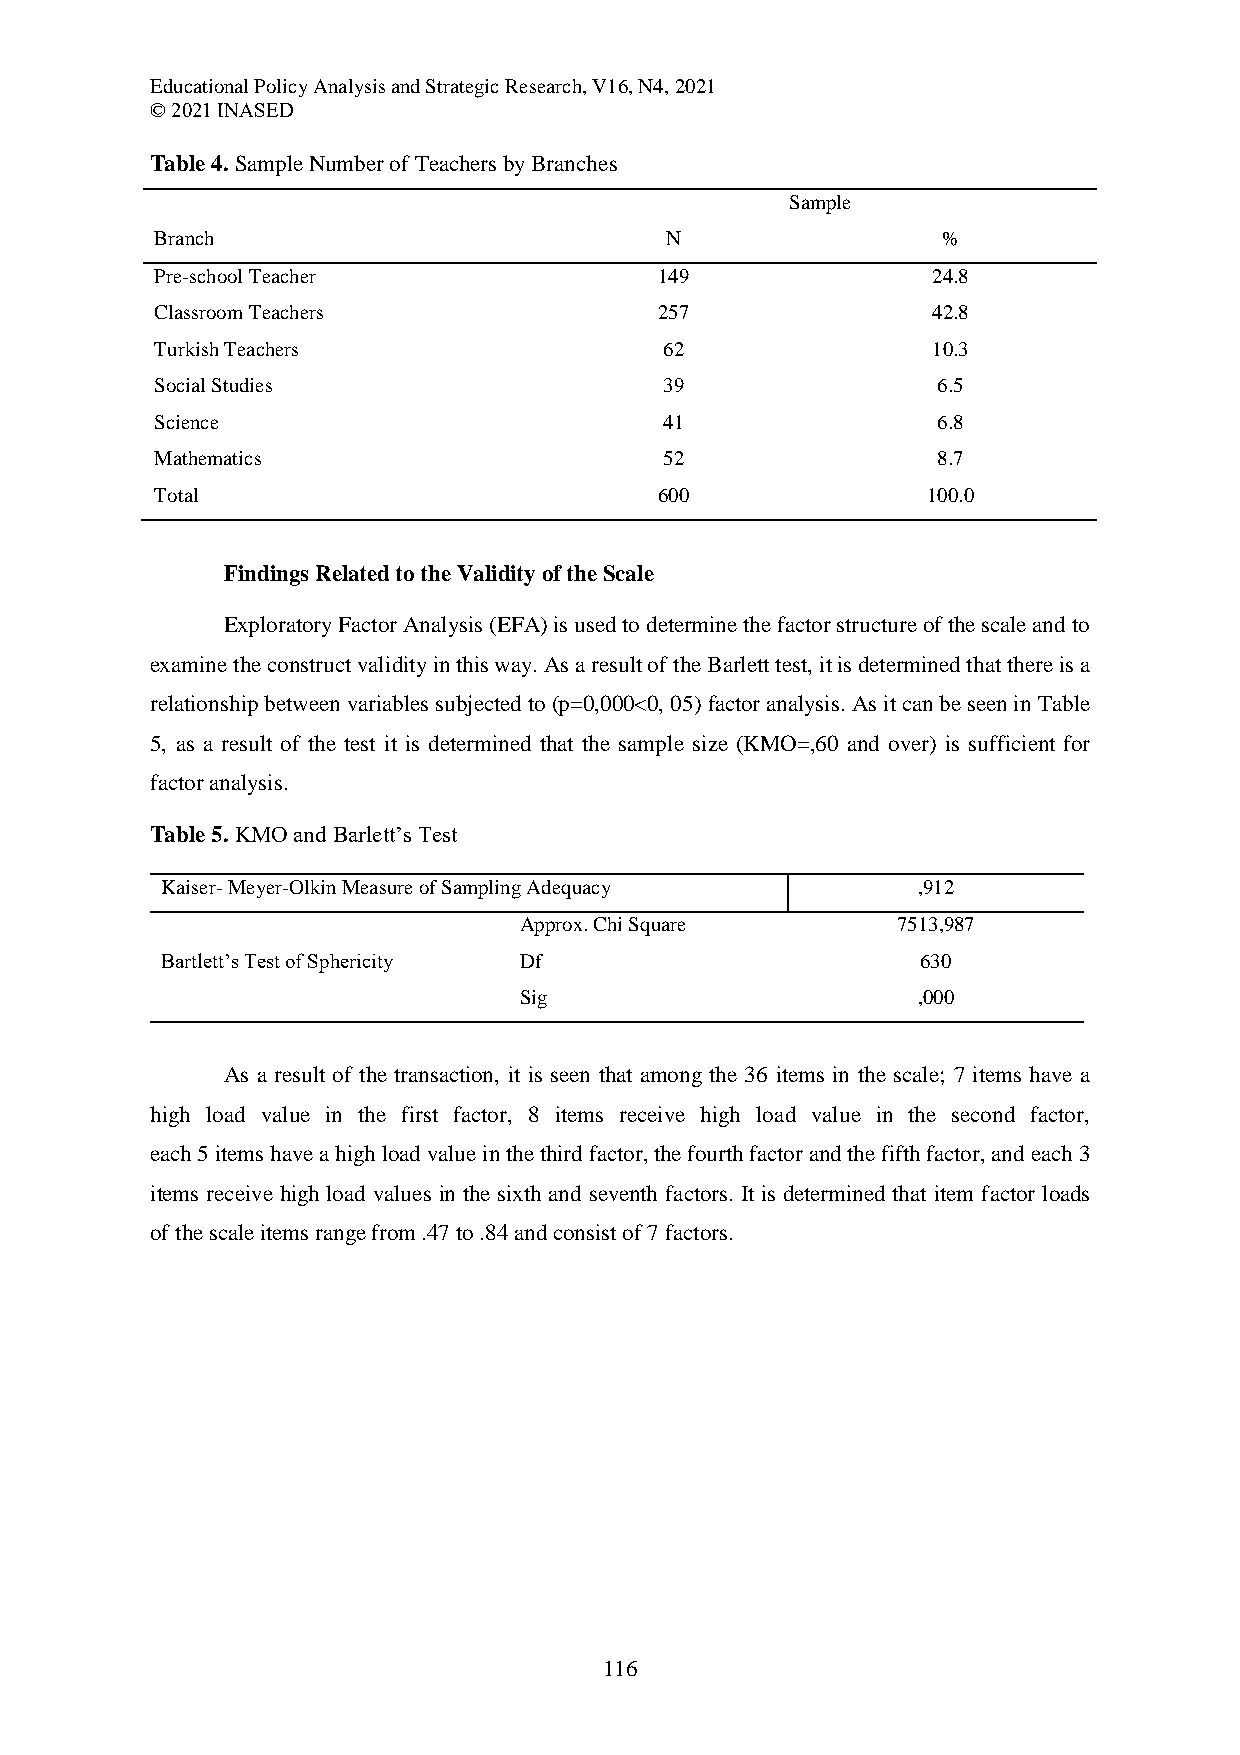
Educational Policy Analysis and Strategic Research, V16, N4, 2021
 © 2021 INASED
 Table 4. Sample Number of Teachers by Branches
 Sample
 Branch                            N                 %
 Pre-school Teacher                149               24.8
 Classroom Teachers                257               42.8
 Turkish Teachers                  62                10.3
 Social Studies                    39                6.5
 Science                           41                6.8
 Mathematics                       52                8.7
 Total                             600              100.0
 Findings Related to the Validity of the Scale
 Exploratory Factor Analysis (EFA) is used to determine the factor structure of the scale and to
 examine the construct validity in this way. As a result of the Barlett test, it is determined that there is a
 relationship between variables subjected to (p=0,000<0, 05) factor analysis. As it can be seen in Table
 5, as a result of the test it is determined that the sample size (KMO=,60 and over) is sufficient for
 factor analysis.
 Table 5. KMO and Barlett’s Test
 Kaiser- Meyer-Olkin Measure of Sampling Adequacy  ,912
 Approx. Chi Square       7513,987
 Bartlett’s Test of Sphericity Df                  630
 Sig                        ,000
 As a result of the transaction, it is seen that among the 36 items in the scale; 7 items have a
 high load value in the first factor, 8 items receive high load value in the second factor,
 each 5 items have a high load value in the third factor, the fourth factor and the fifth factor, and each 3
 items receive high load values in the sixth and seventh factors. It is determined that item factor loads
 of the scale items range from .47 to .84 and consist of 7 factors.
 116